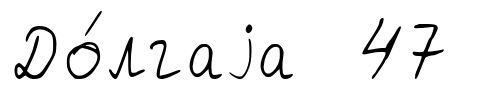
До́лгаjа 47